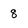
Character: 8